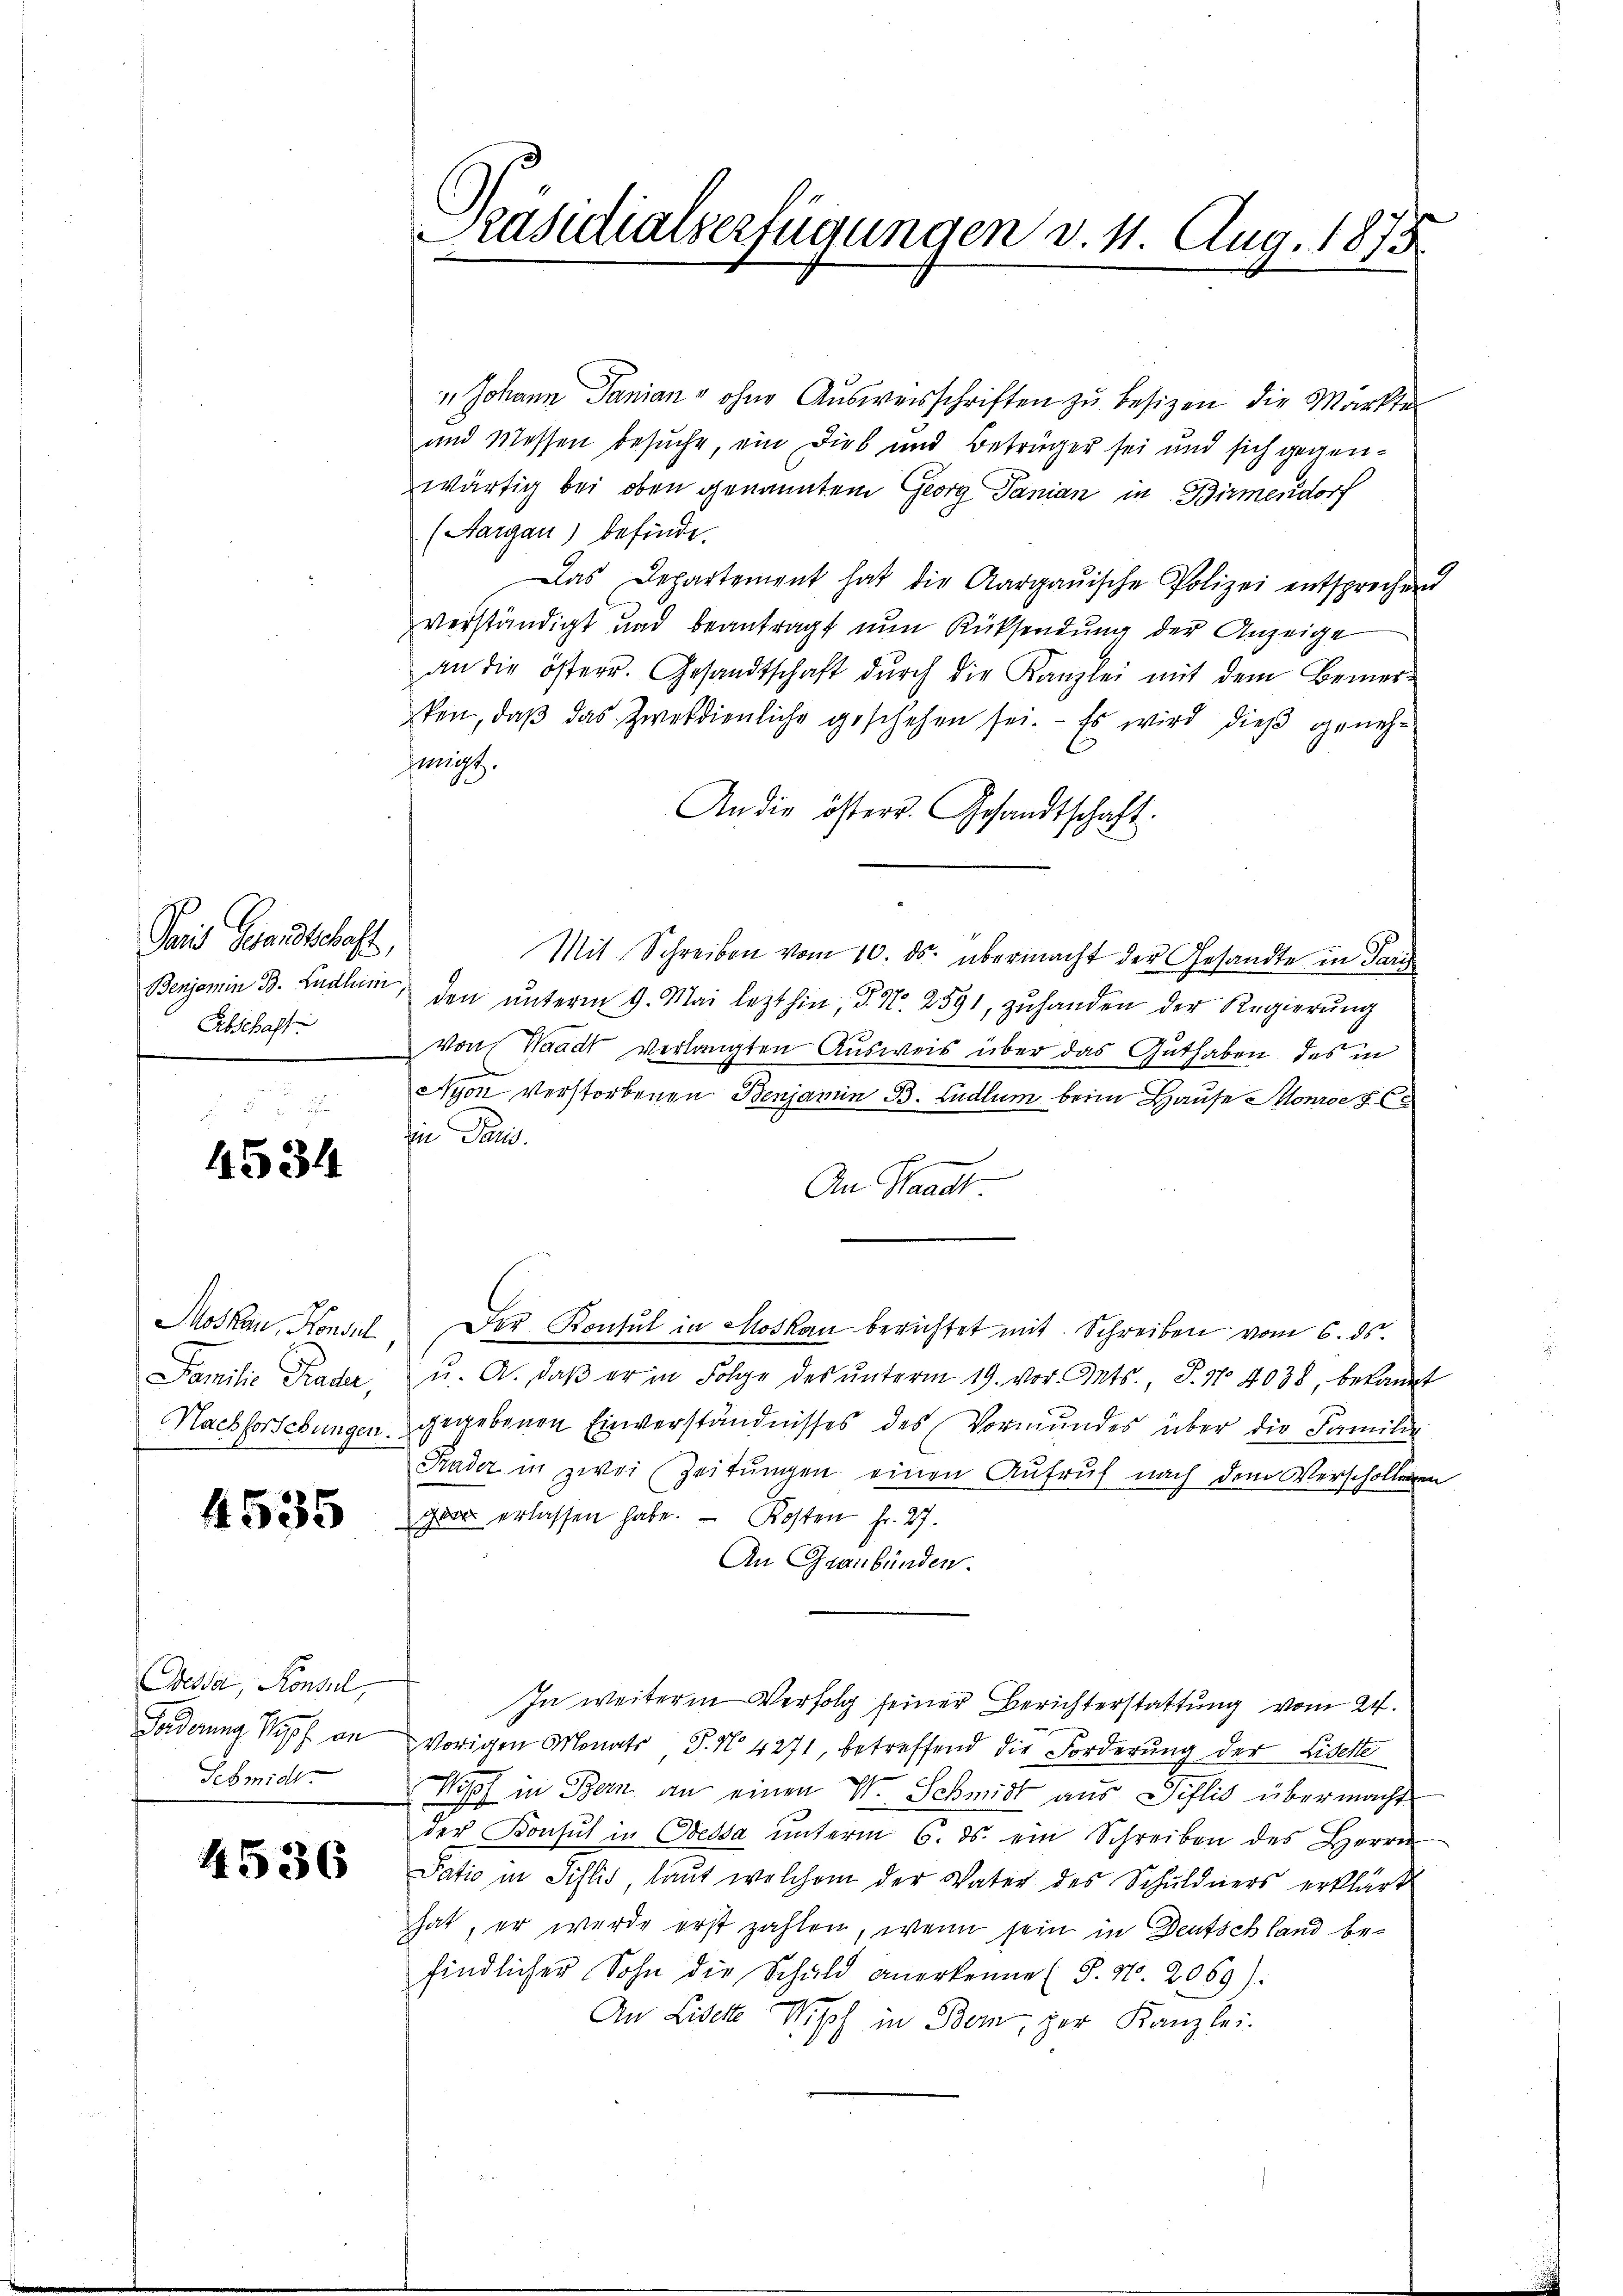
An Landbesiche
Abschaft

4534

4535

Dessa, Konsul,
Schmidt.

4536

Präsidialserfügungen d. 11. Aug. 1875.

" Johann Panianu ohne Ausweisschriften zu besizen die Märkten
und Messen besuche, ein Dieb und Betrüger sei und sich gegenwärtig bei oben genanntem Georg Janian in Birmendorf
(Aargau) befinde.
Das Departement hat die Aargaŭische Polizei entsprechend
verständigt und beantragt nun Rücksendung der Anzeige
an die österr. Gesandtschaft dŭrch die Kanzlei mit dem Bemer-
ken, daβ das Zweckdienliche geschehen sei. - Es wird dieß genehhmigt.
An die österr. Gesandtschaft.
Mit Schreiben vom 10. ds. übermacht der Gesandte in Pari
Benjamin B. Ludlum, den ŭnterm 9. Mai lezthin, d. N. 2591, zŭhanden der Regierŭng
von Waadt verlangten Ausweis über das Guthaben des in
Nyon verstorbenen Benjamin B. Ludlum beim Hause Monroe § 6
in Paus
An Waadt
Moskau, Konsil. Der Konsul in Moskau berichtet mit Schreiben vom 6. ds.
Familie Trader, u. A. daβ er in Folge des ŭnterm 19. vor. Mts., S. Nr. 4038, bekannt
Nachforschungen gegebenen Einverständnisses des Vormundes über die Familie
Krader in zwei Zeitŭngen einen Aufruf nach dem Verschollegen
gra erlassen habe. - Kosten fr. 27.
An Graubünden.
In weitere Verfolg seiner Berichterstattung vom 24.
Forderung Kopf an vorigen Monats P. N. 4271, betreffend die Forderung der Liselte
Kopf in Bern an einen V. Schmidt aus Pislis übermacht
der Konsul in Oelsa ŭnterm 6. ds. ein Schreiben des Herrn
Satio in Pislis, laut welchem der Vater des Schuldners erklärt
hat, er wurde erst zahlen, wenn sein in Deutschland befindlicher Sohn die Schuld anerkenne (S. Nr. 2069).
An Liderte Wipf in Bern, zur Kanzlei.